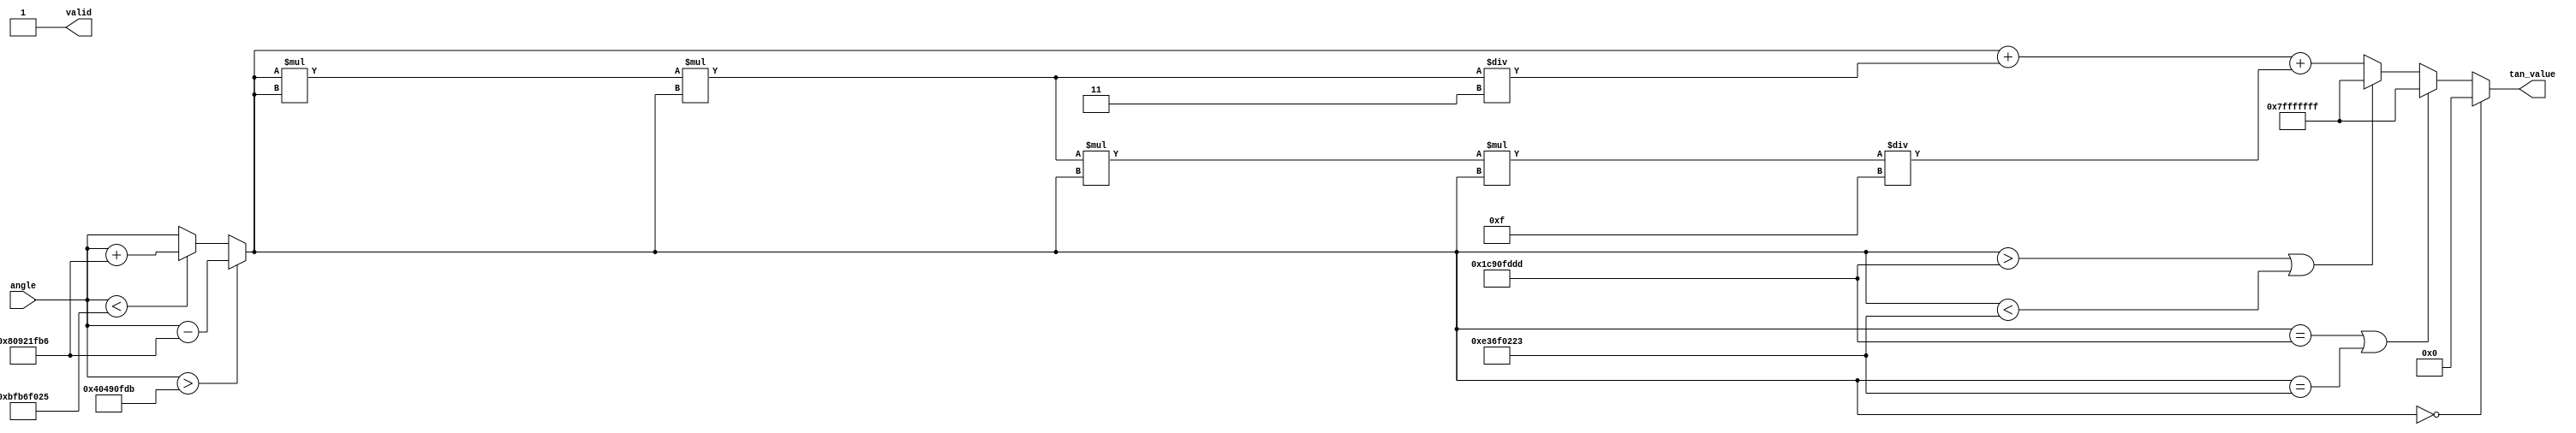
module tan_block (
    input wire [31:0] angle, // Input angle in radians as a 32-bit fixed-point number
    output reg [31:0] tan_value, // Output tangent value as a 32-bit fixed-point number
    output reg valid // Output valid flag
);

    // Constants for  and /2 in fixed-point representation
    parameter PI = 32'h40490FDB; // ~3.14159
    parameter PI_HALF = 32'h1C90FDDD; // ~1.57079

    // Internal signals for normalization and computation
    reg [31:0] normalized_angle;

    // Function to normalize angle
    function [31:0] normalize_angle(input [31:0] angle);
        begin
            if (angle > PI) begin
                normalize_angle = angle - (2 * PI);
            end else if (angle < -PI) begin
                normalize_angle = angle + (2 * PI);
            end else begin
                normalize_angle = angle;
            end
        end
    endfunction

    // Function to compute tangent using polynomial approximation
    function [31:0] compute_tan(input [31:0] angle);
        reg [31:0] x;
        begin
            x = angle;
            // Polynomial approximation: tan(x) ~ x + x^3/3 + x^5/5 + ...
            // Note: This is a very basic approximation and may not be accurate for all values.
            if (x > PI_HALF || x < -PI_HALF) begin
                compute_tan = 32'h7FFFFFFF; // Return max value for undefined
            end else begin
                // Compute tan(x) using a simple Taylor series around 0
                compute_tan = x + (x * x * x) / 3 + (x * x * x * x * x) / 15;
            end
        end
    endfunction

    always @(*) begin
        valid = 1'b0; // Default to invalid

        // Normalize the angle
        normalized_angle = normalize_angle(angle);

        // Handle special cases
        if (normalized_angle == 32'h0) begin
            tan_value = 32'h0; // tan(0) = 0
            valid = 1'b1;
        end else if (normalized_angle == PI_HALF || normalized_angle == -PI_HALF) begin
            tan_value = 32'h7FFFFFFF; // Indicate undefined behavior (infinity)
            valid = 1'b1;
        end else begin
            // Compute tangent value
            tan_value = compute_tan(normalized_angle);
            valid = 1'b1;
        end
    end

endmodule